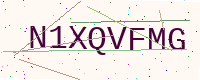
Text: N1XQVFMG